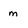
Character: m